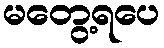
မတွေ့ရပေ